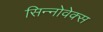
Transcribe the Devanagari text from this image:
सिन्नोवेक्स